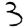
Digit: 3